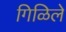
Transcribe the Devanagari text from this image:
गिळिले